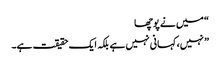
“ میں نے پوچھا
” نہیں، کہانی نہیں ہے بلکہ ایک حقیقت ہے۔